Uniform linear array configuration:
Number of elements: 8
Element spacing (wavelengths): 0.25
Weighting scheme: binomial
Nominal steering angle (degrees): -30
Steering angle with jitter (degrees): -31.578
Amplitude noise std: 0.05
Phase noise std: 0.05

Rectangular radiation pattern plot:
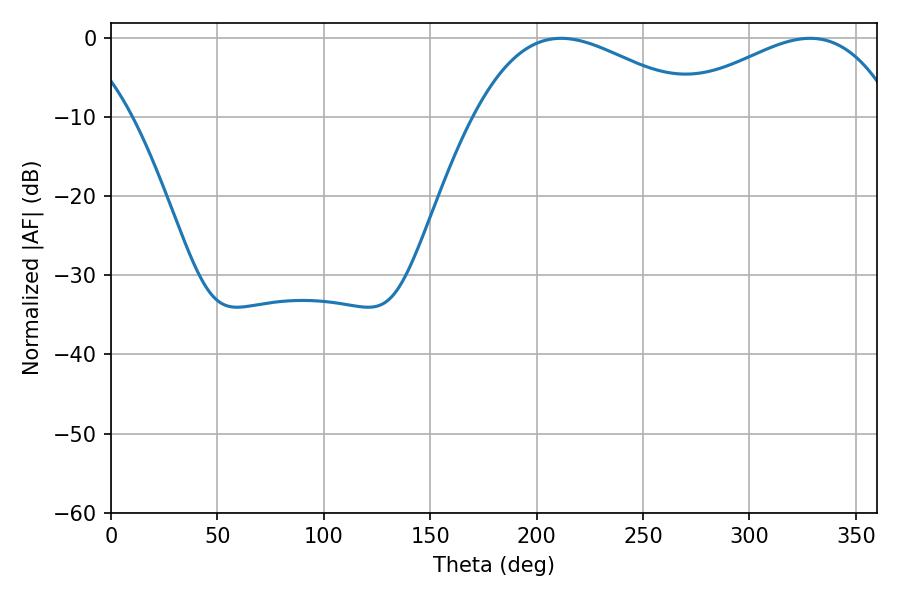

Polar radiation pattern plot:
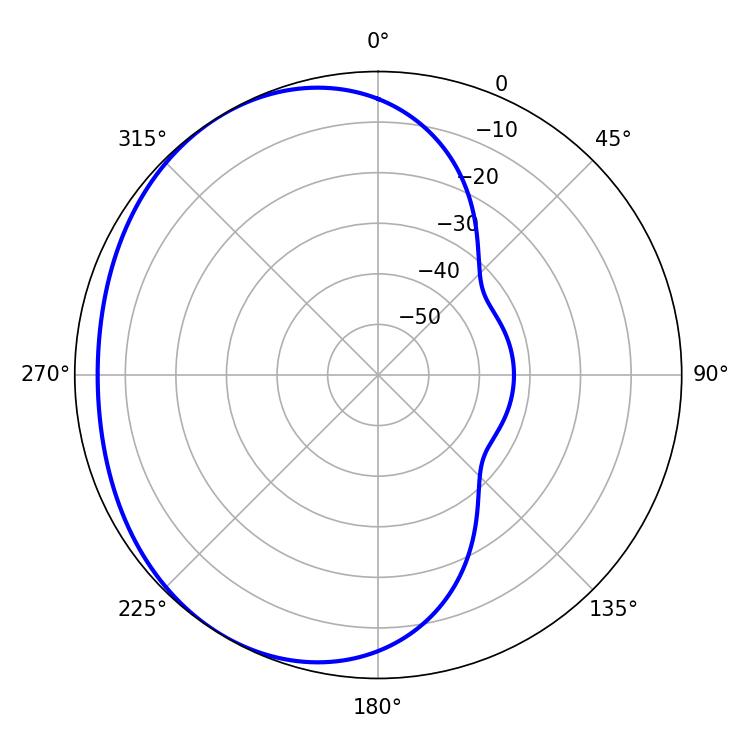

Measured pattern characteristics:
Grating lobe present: FALSE
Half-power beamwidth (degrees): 58.32
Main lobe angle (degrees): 211.5